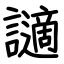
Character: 讁